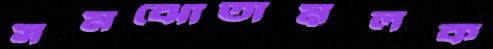
সমঝোতামূলক